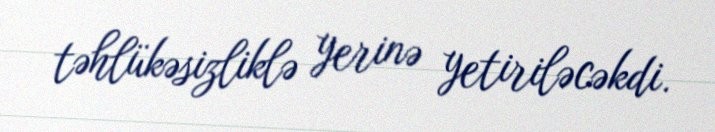
təhlükəsizliklə yerinə yetiriləcəkdi.